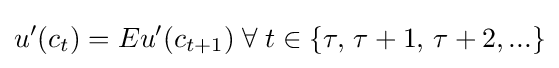
u'(c_{t})=Eu'(c_{t+1})\;\forall \;t\in \{\tau ,\,\tau +1,\,\tau +2,...\}